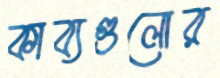
কাব্যগুলোর